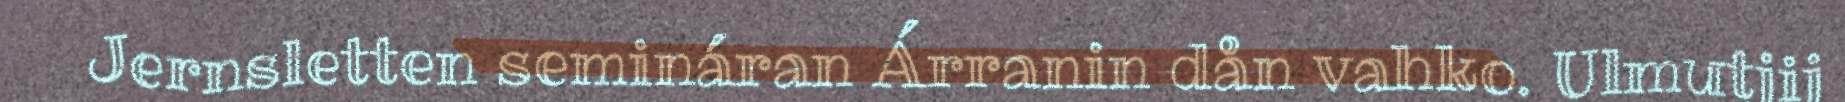
Jernsletten semináran Árranin dån vahko. Ulmutjij